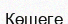
Көшеге